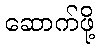
ဆောက်ဖို့